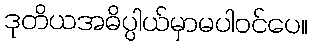
ဒုတိယအဓိပ္ပါယ်မှာမပါဝင်ပေ။